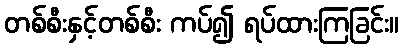
တစ်စီးနှင့်တစ်စီး ကပ်၍ ရပ်ထားကြခြင်း။